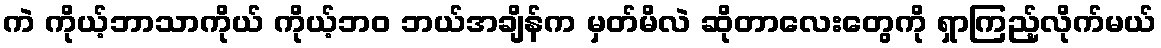
ကဲ ကိုယ့်ဘာသာကိုယ် ကိုယ့်ဘဝ ဘယ်အချိန်က မှတ်မိလဲ ဆိုတာလေးတွေကို ရှာကြည့်လိုက်မယ်